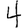
Digit: 4